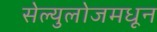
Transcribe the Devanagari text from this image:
सेल्युलोजमधून